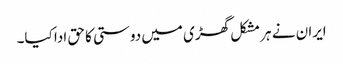
ایران نے ہر مشکل گھڑی میں دوستی کا حق ادا کیا۔